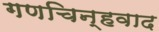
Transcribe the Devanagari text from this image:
गणचिन्हवाद